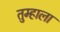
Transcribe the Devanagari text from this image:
तुम्‍हाला